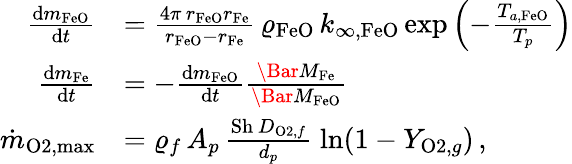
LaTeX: \begin{array}{rl}{\frac{\mathrm{d}m_{\mathrm{FeO}}}{\mathrm{d}t}}&{=\frac{4\pi\, r_{\mathrm{FeO}}r_{\mathrm{Fe}}}{r_{\mathrm{FeO}}-r_{\mathrm{Fe}}}\, \varrho_{\mathrm{FeO}}\, k_{\infty,\mathrm{FeO}}\, \mathrm{exp}\left(-\frac{T_{a,\mathrm{FeO}}}{T_{p}}\right)}\\ {\frac{\mathrm{d}m_{\mathrm{Fe}}}{\mathrm{d}t}}&{=-\frac{\mathrm{d}m_{\mathrm{FeO}}}{\mathrm{d}t}\frac{\Bar{M}_{\mathrm{Fe}}}{\Bar{M}_{\mathrm{FeO}}}}\\ {\dot{m}_{\mathrm{O2},\mathrm{max}}}&{=\varrho_{f}\, A_{p}\, \frac{\mathrm{Sh}\, D_{\mathrm{O2},f}}{d_{p}}\; \mathrm{ln}(1-Y_{\mathrm{O2},g})\, ,}\end{array}